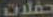
حفلات